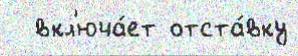
  вкл'юча́ет отста́вку